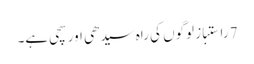
7 راستباز لوگوں کی راہ سیدھی اور سچی ہے۔